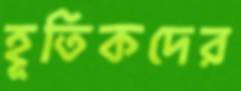
হূতিকদের